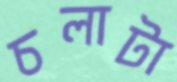
চলাটা